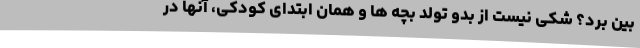
بین برد؟ شکی نیست از بدو تولد بچه ها و همان ابتدای کودکی، آنها در